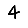
Digit: 4